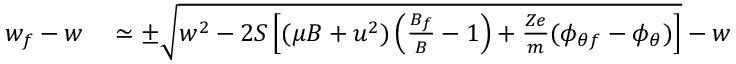
\begin{array} { r l } { w _ { f } - w } & { { } \simeq \pm \sqrt { w ^ { 2 } - 2 S \left[ ( \mu B + u ^ { 2 } ) \left( \frac { B _ { f } } { B } - 1 \right) + \frac { Z e } { m } ( \phi _ { \theta f } - \phi _ { \theta } ) \right] } - w } \end{array}